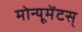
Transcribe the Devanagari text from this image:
मोन्यूमेंटस्